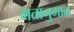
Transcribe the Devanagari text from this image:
मतानुमान